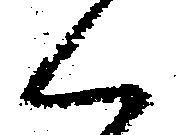
く